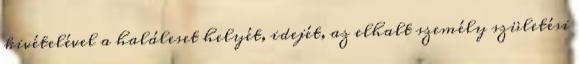
kivételével a haláleset helyét, idejét, az elhalt személy születési